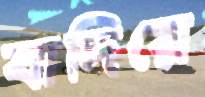
বাদিয়ে